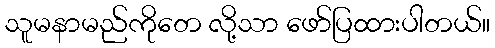
သူမနာမည်ကိုတေ လို့သာ ဖော်ပြထားပါတယ်။